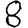
Digit: 8